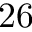
2 6